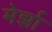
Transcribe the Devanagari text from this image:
मेर्झा